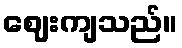
ဈေးကျသည်။